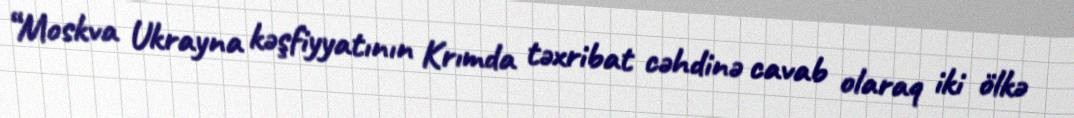
“Moskva Ukrayna kəşfiyyatının Krımda təxribat cəhdinə cavab olaraq iki ölkə